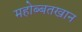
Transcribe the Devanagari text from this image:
महोब्बतखान